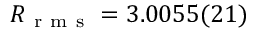
R _ { \mathrm { ~ r ~ m ~ s ~ } } = 3 . 0 0 5 5 ( 2 1 )